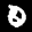
Label: 0